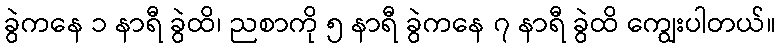
ခွဲကနေ ၁ နာရီ ခွဲထိ၊ ညစာကို ၅ နာရီ ခွဲကနေ ၇ နာရီ ခွဲထိ ကျွေးပါတယ်။